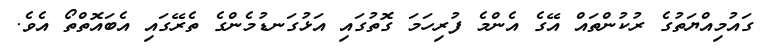
ގައުމިއްޔަތުގެ ރުކުންތައް އޭގެ އެންމެ ފުރިހަމަ ގޮތުގައި އަޅުގަނޑުމެންގެ ތެރޭގައި އެބައޮތްތޯ އެވެ.